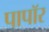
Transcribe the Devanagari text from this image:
पापॉर